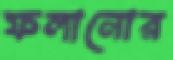
ফলানোর